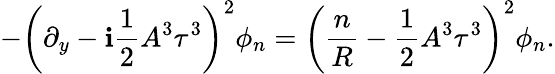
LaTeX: -\left(\partial_{y}-\mathbf{i}\frac{{1}}{{2}}A^{3}\tau^{3}\right)^{2}\phi_{n}=\left(\frac{{n}}{{R}}-\frac{{1}}{{2}}A^{3}\tau^{3}\right)^{2}\phi_{n}.